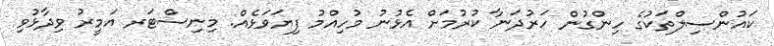
ކައުންސިލްތަކުގެ ހިންގުން ހަރުދަނާ ކުރުމަށް އެޅުނު މުހިއްމު ފިޔަވަޅެއް. މިނިސްޓަރ އަމީރު ވިދާޅުވި